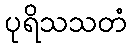
ပုရိသသတံ